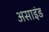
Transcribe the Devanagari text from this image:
असाइंड